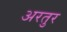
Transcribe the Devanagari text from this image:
अरतुर